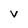
Character: v